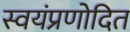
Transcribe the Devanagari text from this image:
स्वयंप्रणोदित